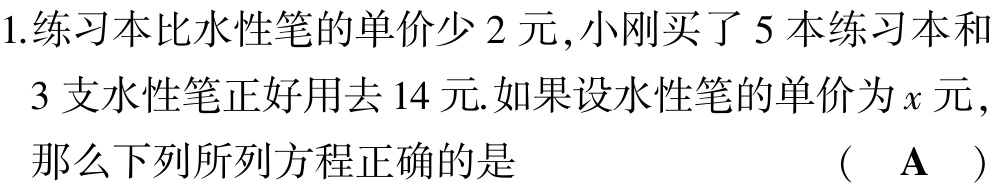
1.练习本比水性笔的单价少 2 元,小刚买了 5 本练习本和 3 支水性笔正好用去 14 元.如果设水性笔的单价为\(x\)元,那么下列所列方程正确的是 （ A ）